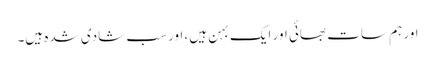
اور ہم سات بھائی اور ایک بہن ہیں، اور سب شادی شدہ ہیں۔